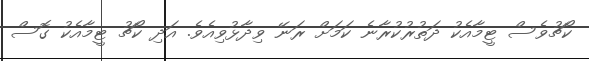
ކޯޗުވެސް ޓީމާއެކު ދަތުރުކުރާނެ ކަމަށް ރަނޭ ވިދާޅުވިއެވެ. އަދި ކޯޗު ޓީމާއެކު ގޮސް